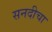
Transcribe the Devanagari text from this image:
सनदीचा